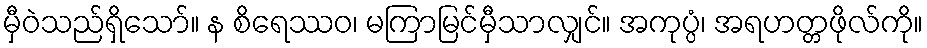
မှီဝဲသည်ရှိသော်။ န စိရေဿဝ၊ မကြာမြင်မှီသာလျှင်။ အကုပ္ပံ၊ အရဟတ္တဖိုလ်ကို။